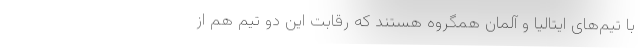
با تیم‌های ایتالیا و آلمان همگروه هستند که رقابت این دو تیم هم از